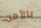
بالأمن